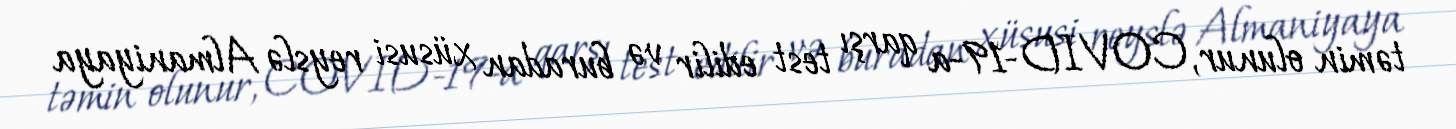
təmin olunur, COVID-19-a qarşı test edilir və buradan xüsusi reyslə Almaniyaya